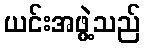
ယင်းအဖွဲ့သည်